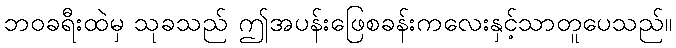
ဘဝခရီးထဲမှ သုခသည် ဤအပန်းဖြေစခန်းကလေးနှင့်သာတူပေသည်။